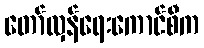
တော်လှန်ရေးကောင်စီက